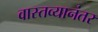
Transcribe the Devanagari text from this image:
वास्तव्यानंतर